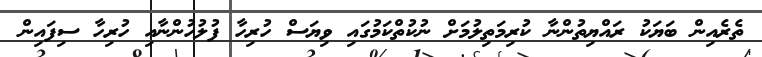
ތެރެއިން ބަޔަކު ރައްޔިތުންނާ ކުރިމަތިލުމަށް ނުކުތްކަމުގައި ވިޔަސް ހުރިހާ ފުލުހުންނާއި ހުރިހާ ސިފައިން